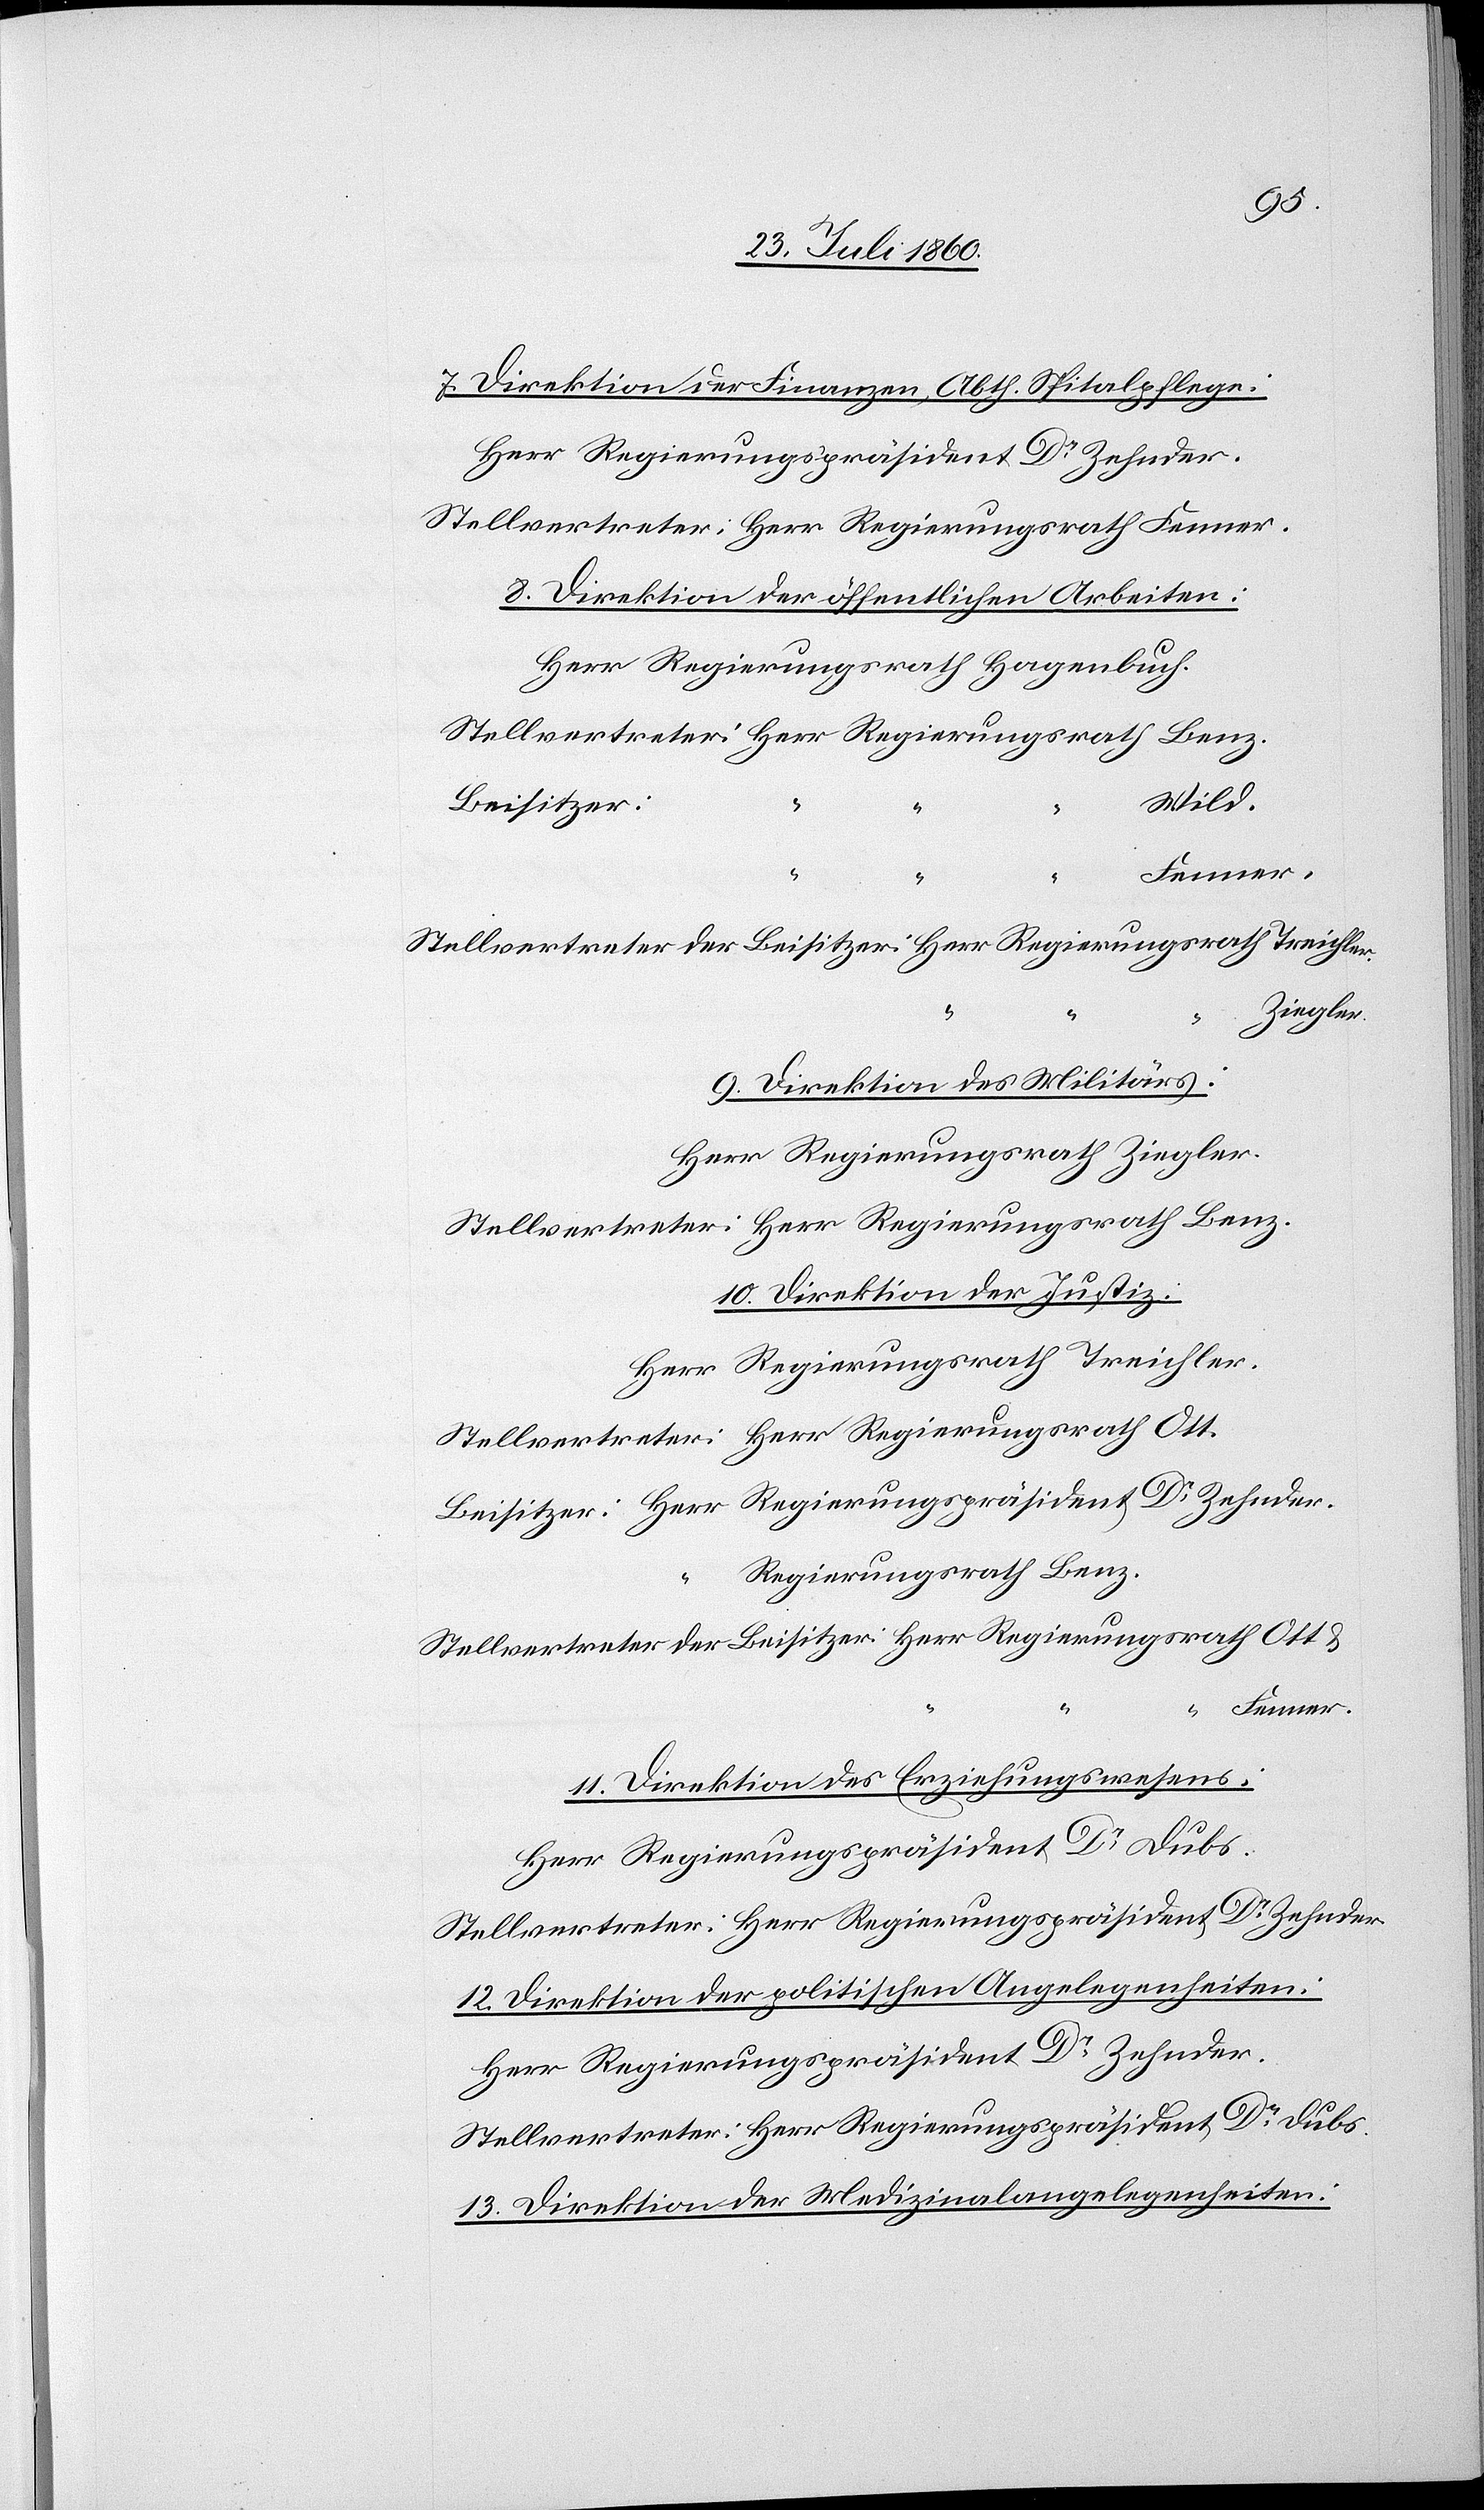
Hr.
Direktion der Finanzen, Abtheilung Spitalpflege:
Herr Regierungspräsident Dr Zehnder.
Stellvertreter: Herr Regierungsrath Fenner.
8. Direktion der öffentlichen Arbeiten:
Herr Regierungsrath Hagenbuch
Stellvertreter: Herr Regierungsrath Benz.
Beisitzer:
“
Fenner.
Stellvertreter der Beisitzer: Hr. Regierungsrath Treichler,
Ziegler.
9. Direktion des Militärs:
Herr Regierungsrath Ziegler.
Stellvertreter: Herr Regierungsrath Benz.
10. Direktion der Justiz:
Herr Regierungsrath Treichler.
Stellvertreter: Herr Regierungsrath Ott.
Beisitzer: Herr Regierungspräsident Dr Zehnder
Regierungsrath Benz.
Stellvertreter der Beisitzer: Herr Regierungsrath Ott u.
“
“ Fenner.
11. Direktion des Erziehungswesens:
Herr Regierungspräsident Dr Dubs.
12. Direktion der politischen Angelegenheiten:
Herr Regierungspräsident Dr Zehnder.
Stellvertreter: Hr. Regierungspräsidt Dr Dubs.
13. Direktion der Medizinalangelegenheiten: